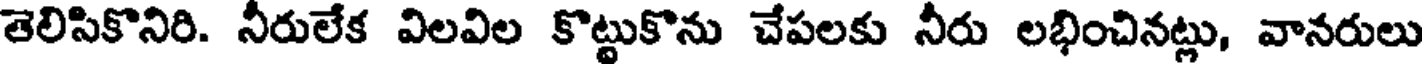
తెలిసికొనిరి. నీరులేక విలవిల కొట్టుకొను చేపలకు నీరు లభించినట్లు, వానరులు